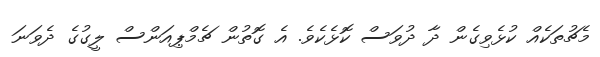
މެޗުތަކެއް ކުޅެވިގެން ދާ ދުވަސް ކޮޅެކެވެ. އެ ގޮތުން ޗެމްޕިއަންސް ލީގުގެ ދެވަނަ